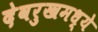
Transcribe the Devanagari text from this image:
देवरुखमध्ये